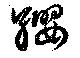
纓